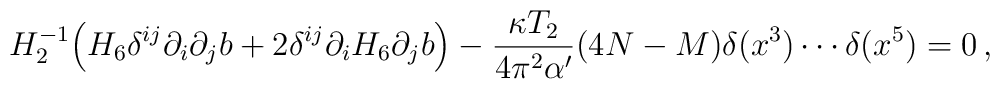
H_2^{-1}\Big(H_6\delta^{ij}\partial_i \partial_j b      +2\delta^{ij}\partial_i H_6 \partial_j b\Big)      -\frac{\kappa T_2}{4\pi^2\alpha'}(4N-M)\delta(x^3)\cdots\delta(x^5)=0\,,